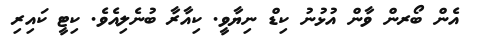
އެން ބޯރން ވާން އުޅުނު ކިޑް ނިޔާވީ. ކިއާރާ ބުނެލިއެވެ. ކިޓީ ކައިރި